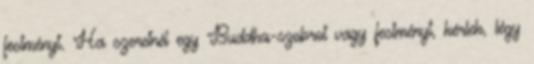
festményt. Ha szeretnél egy Buddha-szobrot vagy festményt, kérlek, légy